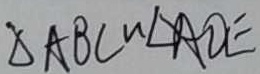
\Delta A B C \sim \Delta A D E